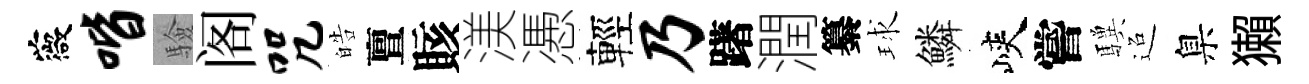
薇喈驗阁咒皓亶賅渼慿輕乃躇潤纂球鱗峽嘗驥迢臬獺